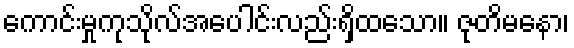
ကောင်းမှုကုသိုလ်အပေါင်းလည်းရှိထသော။ ဇုတိမနော၊